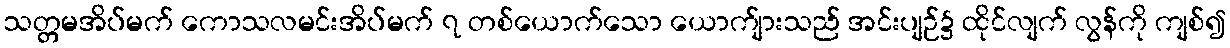
သတ္တမအိပ်မက် ကောသလမင်းအိပ်မက် ၇ တစ်ယောက်သော ယောက်ျားသည် အင်းပျဉ်၌ ထိုင်လျက် လွန်ကို ကျစ်၍